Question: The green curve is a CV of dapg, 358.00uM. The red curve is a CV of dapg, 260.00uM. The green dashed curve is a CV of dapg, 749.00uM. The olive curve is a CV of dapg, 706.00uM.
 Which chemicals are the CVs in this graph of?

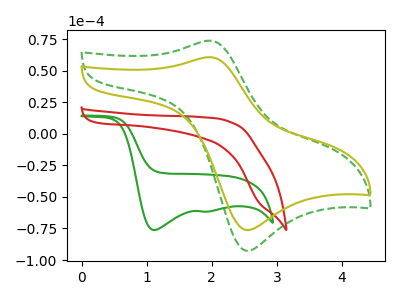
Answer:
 <answer>The green curve is labeled "dapg, 358.00uM". The red curve is labeled "dapg, 260.00uM". The green dashed curve is labeled "dapg, 749.00uM". The olive curve is labeled "dapg, 706.00uM".</answer>
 <eval></eval>